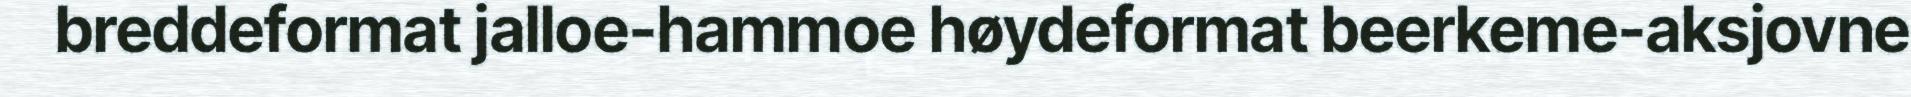
breddeformat jalloe-hammoe høydeformat beerkeme-aksjovne